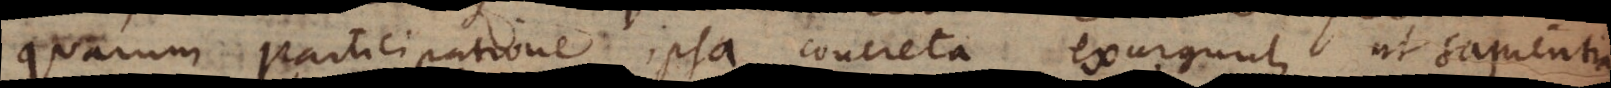
quarum participatione ipsa concreta exurgunt, ut sapientia